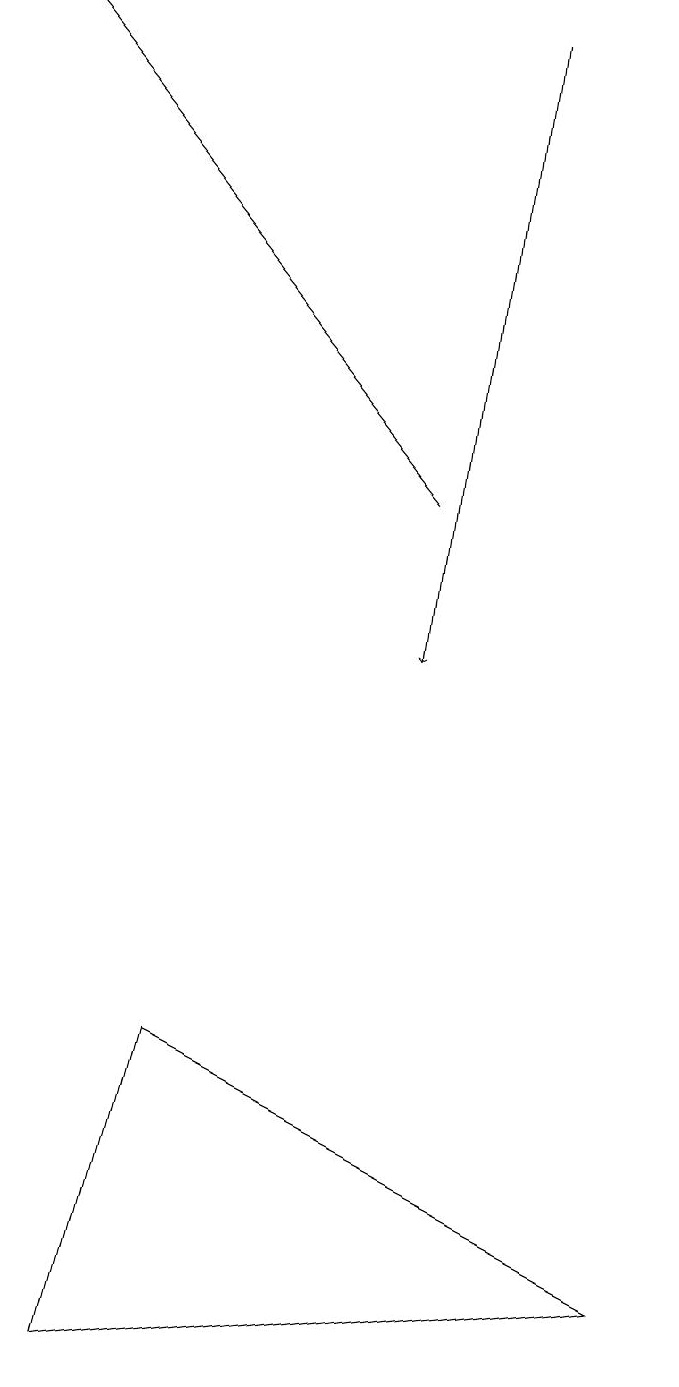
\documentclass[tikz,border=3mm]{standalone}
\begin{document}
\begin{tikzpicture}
\draw (9,2) -- (2,1) -- (3,5) -- cycle;
\draw[->] (7,18) -- (6,10);
\draw (5,16) rectangle (5,16);
\draw[->] (6,12) -- (1,18);
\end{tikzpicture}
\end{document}